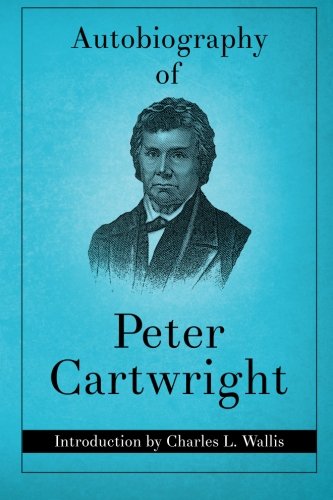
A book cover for Autobiography of Peter Cartwright; Peter Cartwright; Christian Books & Bibles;